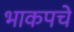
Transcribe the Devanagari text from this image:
भाकपचे